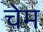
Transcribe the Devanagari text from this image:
चेम